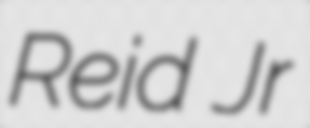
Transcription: Reid Jr